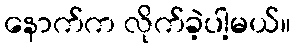
နောက်က လိုက်ခဲ့ပါ့မယ်။